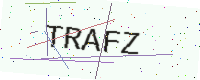
Text: TRAFZ